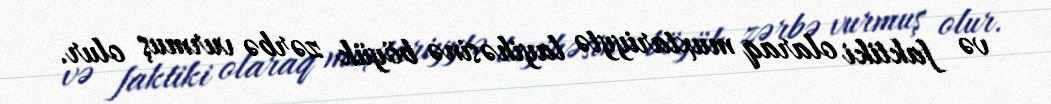
və faktiki olaraq muxtariyytə layihəsinə böyük zərbə vurmuş olur.